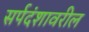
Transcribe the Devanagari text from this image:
सर्पदंशावरील